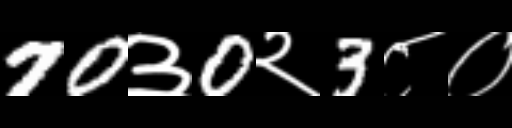
Text: 70३0२3८०